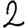
Digit: 2